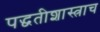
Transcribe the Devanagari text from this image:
पद्धतीशास्त्राच